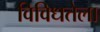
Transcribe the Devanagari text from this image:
विविधतेला